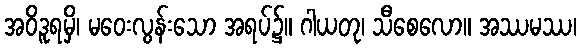
အဝိဒူရမှိ၊ မဝေးလွန်းသော အရပ်၌။ ဂါယတု၊ သီစေလော။ အဿမဿ၊